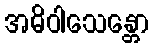
အဓိဝါသေန္တော